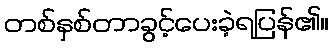
တစ်နှစ်တာခွင့်ပေးခဲ့ရပြန်၏။